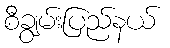
စီချွမ်းပြည်နယ်